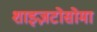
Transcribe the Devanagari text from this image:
शाइज़टोसोमा